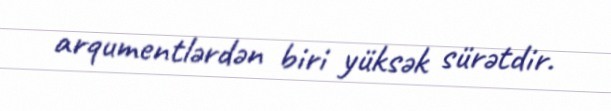
arqumentlərdən biri yüksək sürətdir.